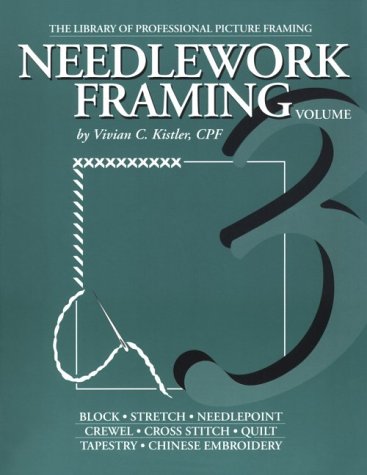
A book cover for Needlework Framing (Library of Professional Picture Framing, Vol. 3); Vivian C. Kistler; Crafts, Hobbies & Home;